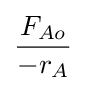
F_{Ao} \over -r_{A}